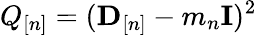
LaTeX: Q_{[n]}=({\mathbf D}_{[n]}-m_{n}{\mathbf I})^{2}